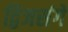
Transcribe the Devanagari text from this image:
द्विजसंगें